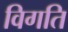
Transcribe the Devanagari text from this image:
विगति